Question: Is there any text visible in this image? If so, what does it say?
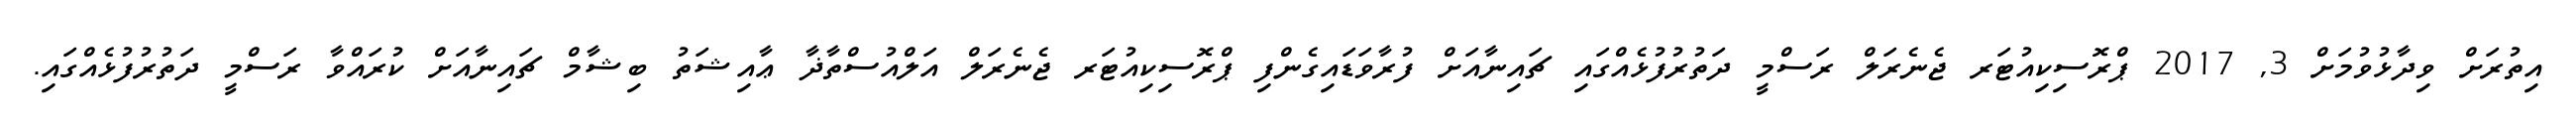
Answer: އިތުރަށް ވިދާޅުވުމަށް 3, 2017 ޕްރޮސިކިއުޓަރ ޖެނެރަލް ރަސްމީ ދަތުރުފުޅެއްގައި ޗައިނާއަށް ފުރާވަޑައިގެންފި ޕްރޮސިކިއުޓަރ ޖެނެރަލް އަލްއުސްތާޛާ ޢާއިޝަތު ބިޝާމް ޗައިނާއަށް ކުރައްވާ ރަސްމީ ދަތުރުފުޅެއްގައި.